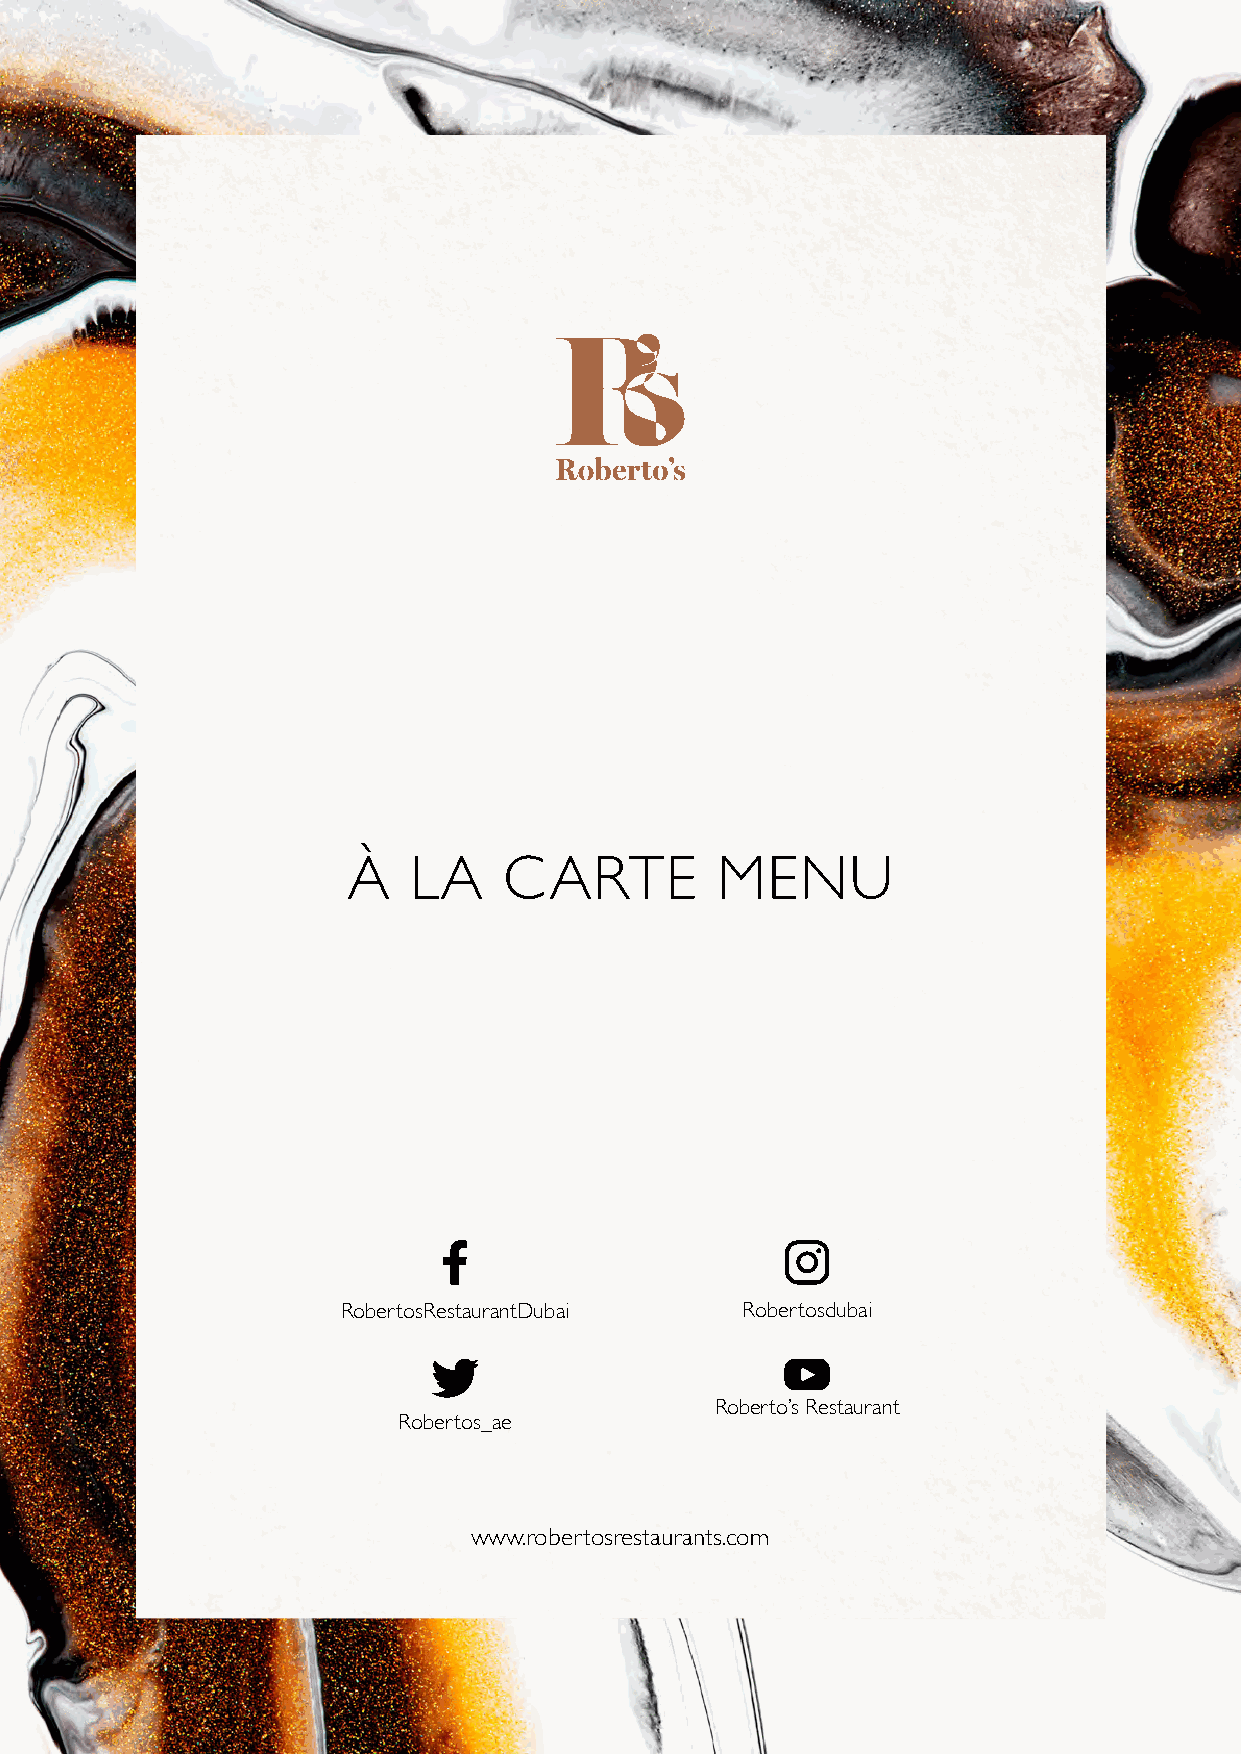
À   LA    CARTE         MENU
 RobertosRestaurantDubai   Robertosdubai
 Roberto’s Restaurant
 Robertos_ae
 www.robertosrestaurants.com